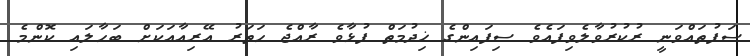
ސަފުތައްވަނީ ރުކުރުވާލެވިފައެވެ ސިފައިންގެ ޚިދުމަތް ފުޅާވެ ރާއްޖެ ހަތަރު އޭރިއާއަކަށް ބަހާލައި ކޮންމެ